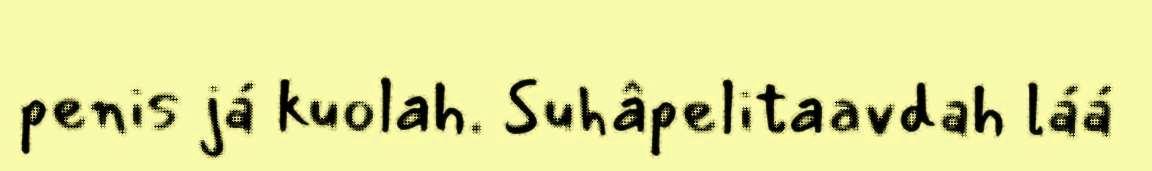
penis já kuolah. Suhâpelitaavdah láá